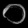
Digit: ၀